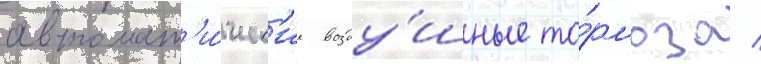
автомат'и́ческ'ие возду́шные то́рмоза /